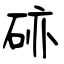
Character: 硛